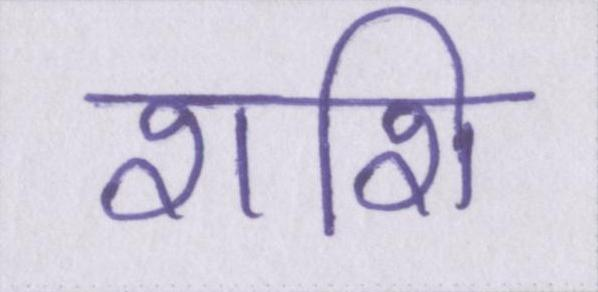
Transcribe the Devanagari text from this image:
शशि